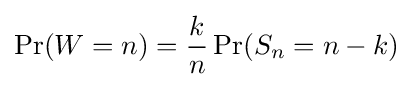
\Pr(W=n)={\frac {k}{n}}\Pr(S_{n}=n-k)